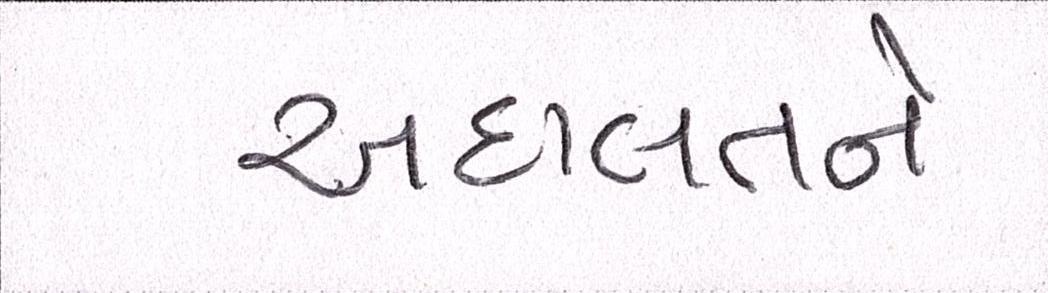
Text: અદાલતને